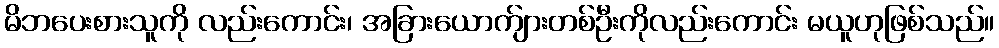
မိဘပေးစားသူကို လည်းကောင်း၊ အခြားယောက်ျားတစ်ဦးကိုလည်းကောင်း မယူဟုဖြစ်သည်။